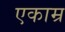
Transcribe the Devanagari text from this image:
एकाम्र